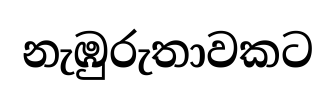
නැඹුරුතාවකට